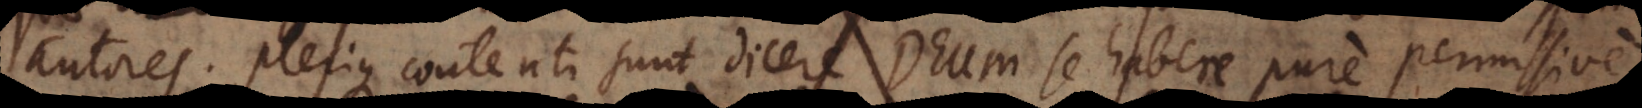
autores. Plerique contenti sunt dicere Deum se habere pure permissive